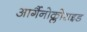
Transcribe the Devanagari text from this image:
आर्गैनोक्लोराइड